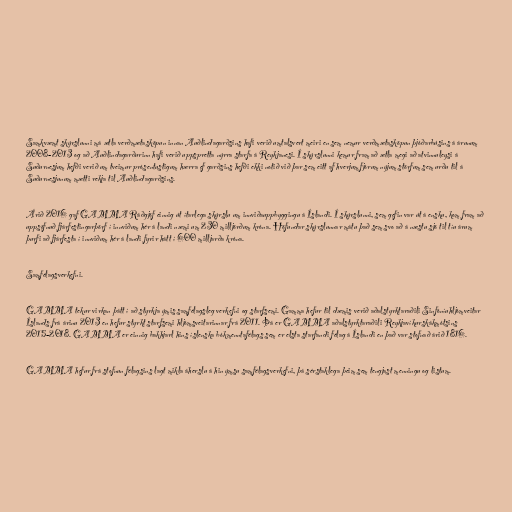
Samkvæmt skýrslunni má ætla verðmætasköpun innan Auðlindagarðsins hafi verið umtalsvert meiri en sem nemur verðmætasköpun þjóðarbúsins á árunum
2008-2013 og að Auðlindagarðurinn hafi verið uppspretta nýrra starfa á Reykjanesi. Í skýrslunni kemur fram að ætla megi að atvinnuleysi á
Suðurnesjum hefði verið um tveimur prósentustigum hærra ef garðsins hefði ekki notið við þar sem eitt af hverjum fjórum nýjum störfum sem urðu til á
Suðurnesjunum mætti rekja til Auðlindagarðsins.

Árið 2016 gaf GAMMA Ráðgjöf einnig út ítarlega skýrslu um innviðauppbyggingu á Íslandi. Í skýrslunni, sem gefin var út á ensku, kom fram að
uppsöfnuð fjárfestingarþörf í innviðum hér á landi næmi um 230 milljörðum króna. Höfundar skýrslunnar mátu það sem svo að á næstu sjö til tíu árum
þurfi að fjárfesta í innviðum hér á landi fyrir hátt í 600 milljarða króna.

Samfélagsverkefni.

GAMMA tekur virkan þátt í að styrkja ýmis samfélagsleg verkefni og starfsemi. Gamma hefur til dæmis verið aðalstyrktaraðili Sinfóníuhljómveitar
Íslands frá árinu 2013 en hefur styrkt starfsemi hljómsveitarinnar frá 2011. Þá er GAMMA aðalstyrktaraðili Reykjavíkurskákmótsins
2015-2018. GAMMA er einnig bakhjarl hins íslenska bókmenntafélags sem er elsta starfandi félag á Íslandi en það var stofnað árið 1816.

GAMMA hefur frá stofnun félagsins lagt mikla áherslu á hin ýmsu samfélagsverkefni, þá sérstaklega þeim sem tengjast menningu og listum.